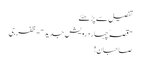
تفصیل سے پڑھئے
" قصہّ چہار درویش جدید"-ظفرجی
صاحبان !